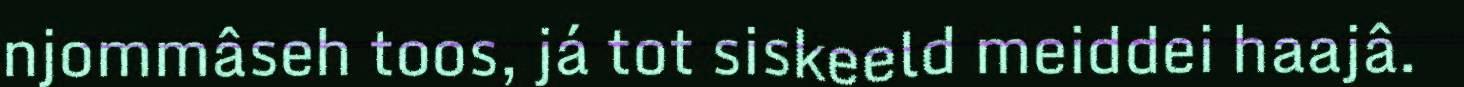
njommâseh toos, já tot siskeeld meiddei haajâ.